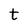
Character: t